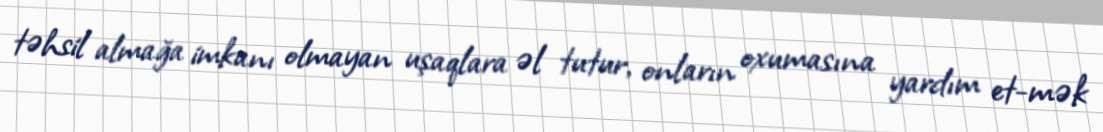
təhsil almağa imkanı olmayan uşaqlara əl tutur, onların oxumasına yardım et-mək